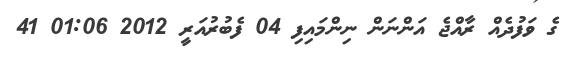
ގެ ވަފުދެއް ރާއްޖެ އަންނަން ނިންމައިފި 04 ފެބުރުއަރީ 2012 01:06 41